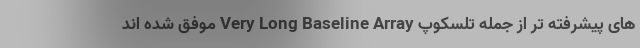
های پیشرفته تر از جمله تلسکوپ Very Long Baseline Array موفق شده اند